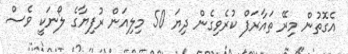
އެގޮތުން މިރޭ ތައާރަފް ކުރެވިގެން ދިޔަ 50 މިލިއަން ރުފިޔާގެ ލޯނަކީ ވެސް